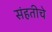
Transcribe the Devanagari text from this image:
संहतीचे